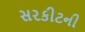
સરકીટની